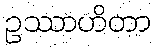
ဥဿာဟိတာ